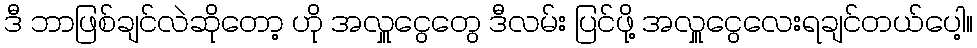
ဒီ ဘာဖြစ်ချင်လဲဆိုတော့ ဟို အလှူငွေတွေ ဒီလမ်း ပြင်ဖို့ အလှူငွေလေးရချင်တယ်ပေါ့။